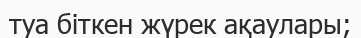
туа біткен жүрек ақаулары;